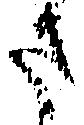
さ